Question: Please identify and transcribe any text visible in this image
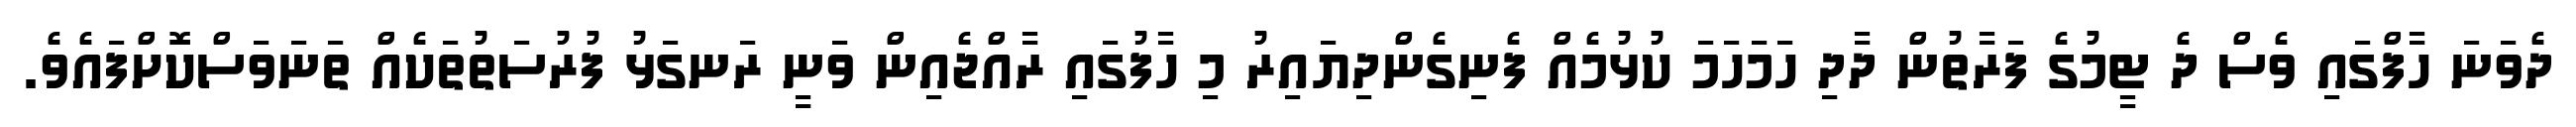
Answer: ދެވަނަ ހާފްގައި ވެސް ދެ ޓީމުގެ ފަރާތުން ދާދި ހަމަހަމަ ކުޅުމެއް ފެނިގެންދިޔައިރު މި ހާފުގައި ރާއްޖެއިން ވަނީ ރަނގަޅު ފުރުސަތުތަކެއް ތަނަވަސްކޮށްފައެވެ.